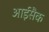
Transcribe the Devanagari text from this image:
आईसैक